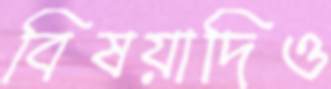
বিষয়াদিও